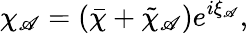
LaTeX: \chi_{\mathscr{A}}=(\bar{{\chi}}+\tilde{{\chi}}_{\mathscr{A}})e^{i\xi_{\mathscr{A}}},